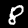
Digit: 8